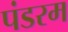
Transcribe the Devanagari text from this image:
पंडरम